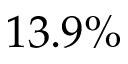
1 3 . 9 \%